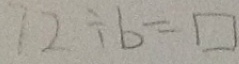
1 2 \div b = \square